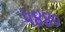
૫૪૪૦